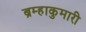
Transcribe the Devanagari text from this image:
ब्रम्हाकुमारी